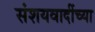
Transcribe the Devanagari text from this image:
संशयवादींच्या